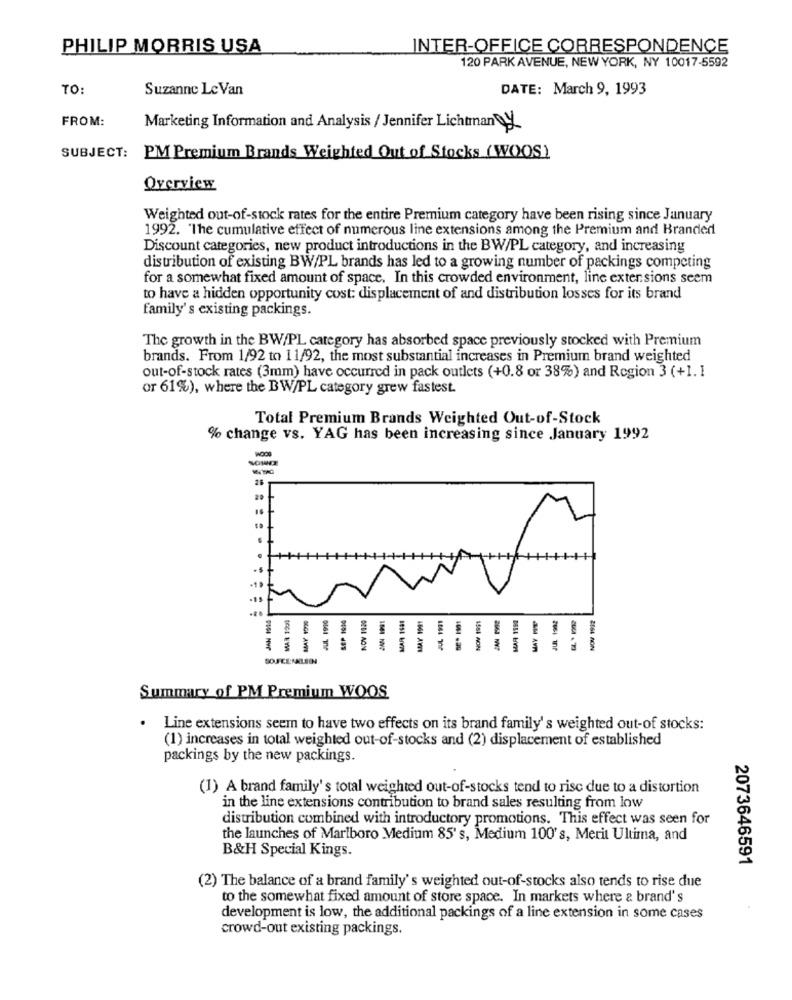
PHILIP MORRIS USA
INTER-OFFICE CORRESPONDENCE
120 PARK AVENUE, NEW YORK, NY 10017-5592
TO:
Suzanne Le Van
DATE: March 9, 1993
FROM:
Marketing Information and Analysis / Jennifer Lichtman DY
SUBJECT: PM Premium Brands Weighted Out of Stocks ( WOOS)
Overview
Weighted out-of-stock rates for the entire Premium category have been rising since January
1992. The cumulative effect of numerous line extensions among the Premium and Branded
Discount categories, new product introductions in the BW/PL category, and increasing
distribution of existing BW/PL brands has led to a growing number of packings competing
for a somewhat fixed amount of space. In this crowded environment, line extensions seem
to have a hidden opportunity cost: displacement of and distribution losses for its brand
family's existing packings.
The growth in the BW/PL category has absorbed space previously stocked with Premium
brands. From 1/92 to 11/92, the most substantial increases in Premium brand weighted
out-of-stock rates (3mm) have occurred in pack outlets (+0.8 or 38%) and Region 3 (+1. 1
or 61%), where the BW/PL category grew fastest.
Total Premium Brands Weighted Out-of-Stock
% change vs. YAG has been increasing since January 1992
NOWEE
20
MAR 1991
MAY 1991
1551 AON
- A
Summary of PM Premium WOOS
Line extensions seem to have two effects on its brand family's weighted out-of stocks:
(1) increases in total weighted out-of-stocks and (2) displacement of established
packings by the new packings.
(1) A brand family's total weighted out-of-stocks tend to rise due to a distortion
in the line extensions contribution to brand sales resulting from low
distribution combined with introductory promotions. This effect was seen for
the launches of Marlboro Medium 85's, Medium 100's, Merit Ultima, and
B&H Special Kings.
2073646591
(2) The balance of a brand family's weighted out-of-stocks also tends to rise due
to the somewhat fixed amount of store space. In markets where & brand's
development is low, the additional packings of a line extension in some cases
crowd-out existing packings.